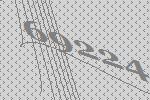
69224